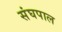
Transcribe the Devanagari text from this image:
संघपाल